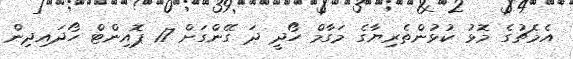
އެމެޗުގެ މޮޅު ކުޅުންތެރިޔާގެ މަގާމް ހޯދީ ދަ ގޭންގަށް 17 ޕޮއިންޓް ހޯދައިދިން